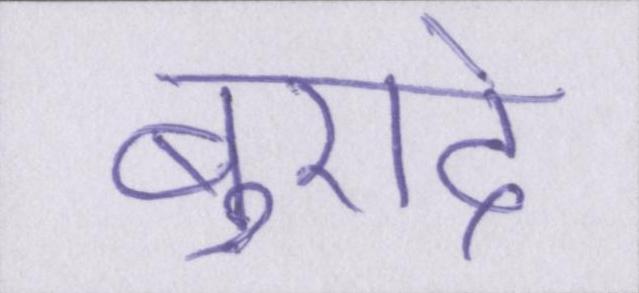
बुरादे